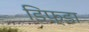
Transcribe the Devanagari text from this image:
डिफ़्डा